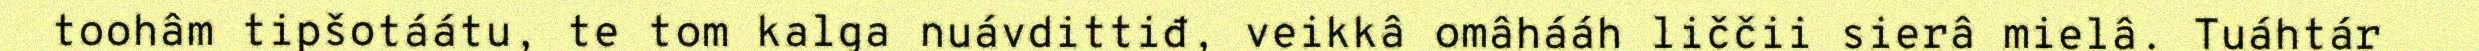
toohâm tipšotáátu, te tom kalga nuávdittiđ, veikkâ omâhááh liččii sierâ mielâ. Tuáhtár